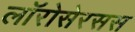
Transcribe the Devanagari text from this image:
लॉरोसेरसस